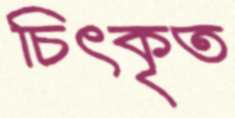
চিৎকৃত